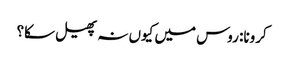
کرونا: روس میں کیوں نہ پھیل سکا؟